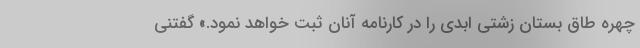
چهره طاق بستان زشتی ابدی را در کارنامه آنان ثبت خواهد نمود.» گفتنی